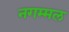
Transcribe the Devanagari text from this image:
नगम्मल